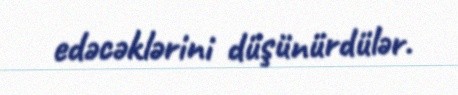
edəcəklərini düşünürdülər.